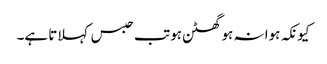
کیونکہ ہوا نہ ہو گھٹن ہو تب حبس کہلاتا ہے۔